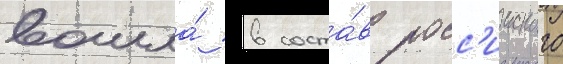
вошла́ в соста́в росс'ииского